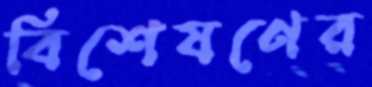
বিশেষণের